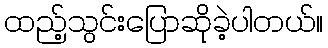
ထည့်သွင်းပြောဆိုခဲ့ပါတယ်။